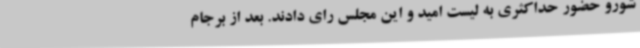
شورو حضور حداکثری به لیست امید و این مجلس رای دادند. بعد از برجام